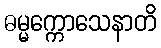
ဓမ္မက္ကောသေနာတိ